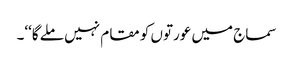
سماج میں عورتوں کو مقام نہیں ملے گا‘‘۔